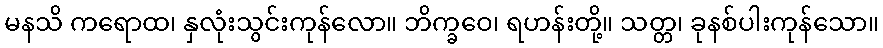
မနသိ ကရောထ၊ နှလုံးသွင်းကုန်လော။ ဘိက္ခဝေ၊ ရဟန်းတို့။ သတ္တ၊ ခုနစ်ပါးကုန်သော။